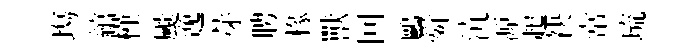
塲綰槿颷逸芽聘椽獸回鷗舜沆源起袂常琉